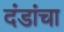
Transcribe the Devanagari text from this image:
दंडांचा